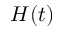
H ( t )